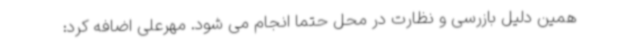
همین دلیل بازرسی و نظارت در محل حتما انجام می شود. مهرعلی اضافه کرد: